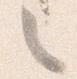
之